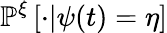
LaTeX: \mathbb{P}^{\xi}\left[\cdot|\psi(t)=\eta\right]